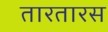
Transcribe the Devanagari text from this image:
तारतारस